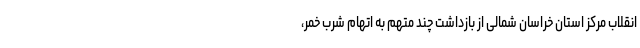
انقلاب مرکز استان خراسان شمالی از بازداشت چند متهم به اتهام شرب خمر،